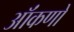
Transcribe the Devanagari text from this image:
ऑंकणों